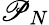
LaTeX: \mathscr{P}_{N}